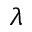
\lambda